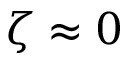
\zeta \approx 0